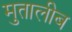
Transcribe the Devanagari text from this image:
मुतालीब